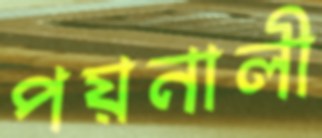
পয়নালী